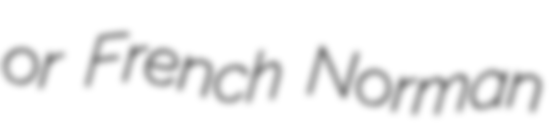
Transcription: or French Norman